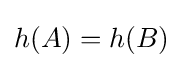
h(A)=h(B)